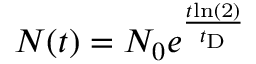
\begin{array} { r } { N ( t ) = N _ { 0 } e ^ { \frac { t \mathrm { { l n } ( 2 ) } } { t _ { \mathrm { { D } } } } } } \end{array}